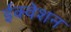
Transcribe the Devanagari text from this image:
ईक्वेशन